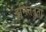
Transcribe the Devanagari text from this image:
इन्स्तितुतो